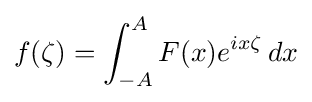
f(\zeta )=\int _{-A}^{A}F(x)e^{ix\zeta }\,dx